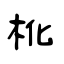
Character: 杹